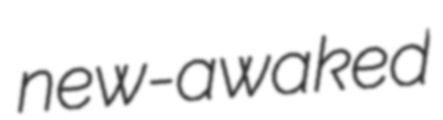
new-awaked